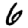
Digit: 6